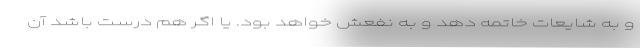
و به شایعات خاتمه دهد و به نفعش خواهد بود. یا اگر هم درست باشد آن